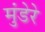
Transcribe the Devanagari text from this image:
मुंडेरे